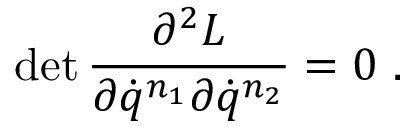
\mathrm { d e t } \, \frac { \partial ^ { 2 } L } { \partial \dot { q } ^ { n _ { 1 } } \partial \dot { q } ^ { n _ { 2 } } } = 0 \ .